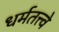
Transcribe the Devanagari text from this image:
धर्मतत्त्वे